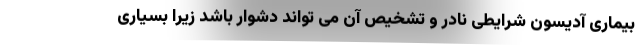
بیماری آدیسون شرایطی نادر و تشخیص آن می تواند دشوار باشد زیرا بسیاری